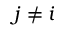
j \neq i